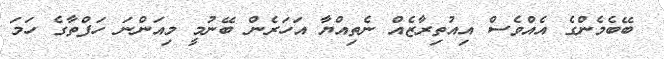
ބޭބެމެންގެ އެއްވެސް އިއުތިރާޒެއް ނެތިއްޔާ އަހަރެން ބޭނުމީ މިއަންނަ ހަފްތާގެ ހަމަ